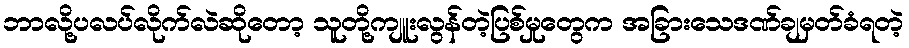
ဘာလို့ပလပ်လိုက်လဲဆိုတော့ သူတို့ကျူးလွန်တဲ့ပြစ်မှုတွေက အခြားသေဒဏ်ချမှတ်ခံရတဲ့